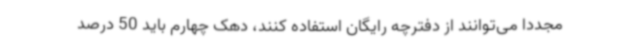
مجددا می‌توانند از دفترچه رایگان استفاده کنند، دهک چهارم باید 50 درصد